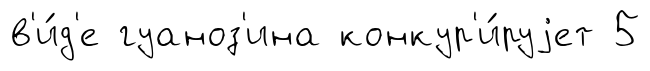
в'и́д'е гуаноз'ина конкур'и́руjет 5